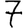
Digit: 7